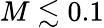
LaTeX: M\lesssim 0.1